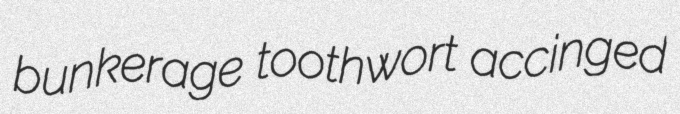
bunkerage toothwort accinged